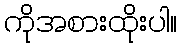
ကိုအစားထိုးပါ။